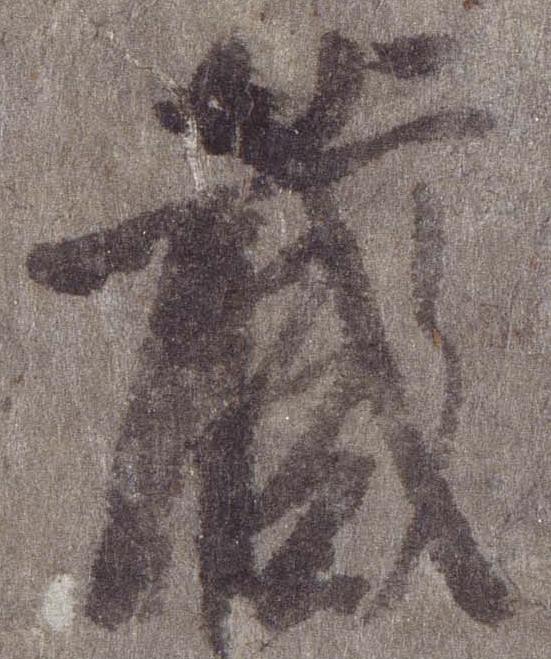
蔵